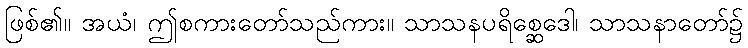
ဖြစ်၏။ အယံ၊ ဤစကားတော်သည်ကား။ သာသနပရိစ္ဆေဒေါ၊ သာသနာတော်၌